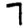
Digit: 7